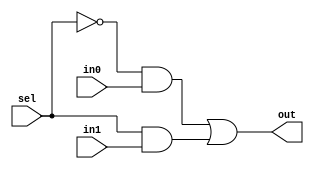
module mux2to1(in0, in1, sel, out);

    input in0, in1, sel;
    output out;

    assign out = (~sel)&in0 | sel&in1;

endmodule